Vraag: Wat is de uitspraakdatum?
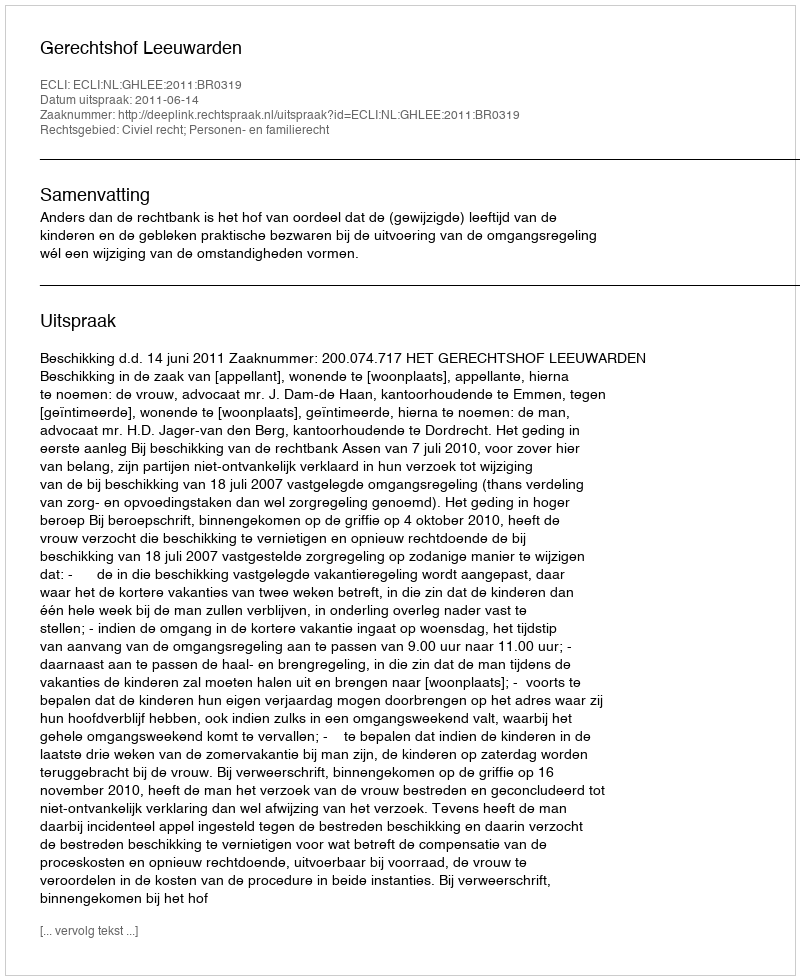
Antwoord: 2011-06-14